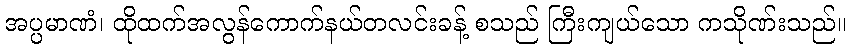
အပ္ပမာဏံ၊ ထိုထက်အလွန်ကောက်နယ်တလင်းခန့် စသည် ကြီးကျယ်သော ကသိုဏ်းသည်။